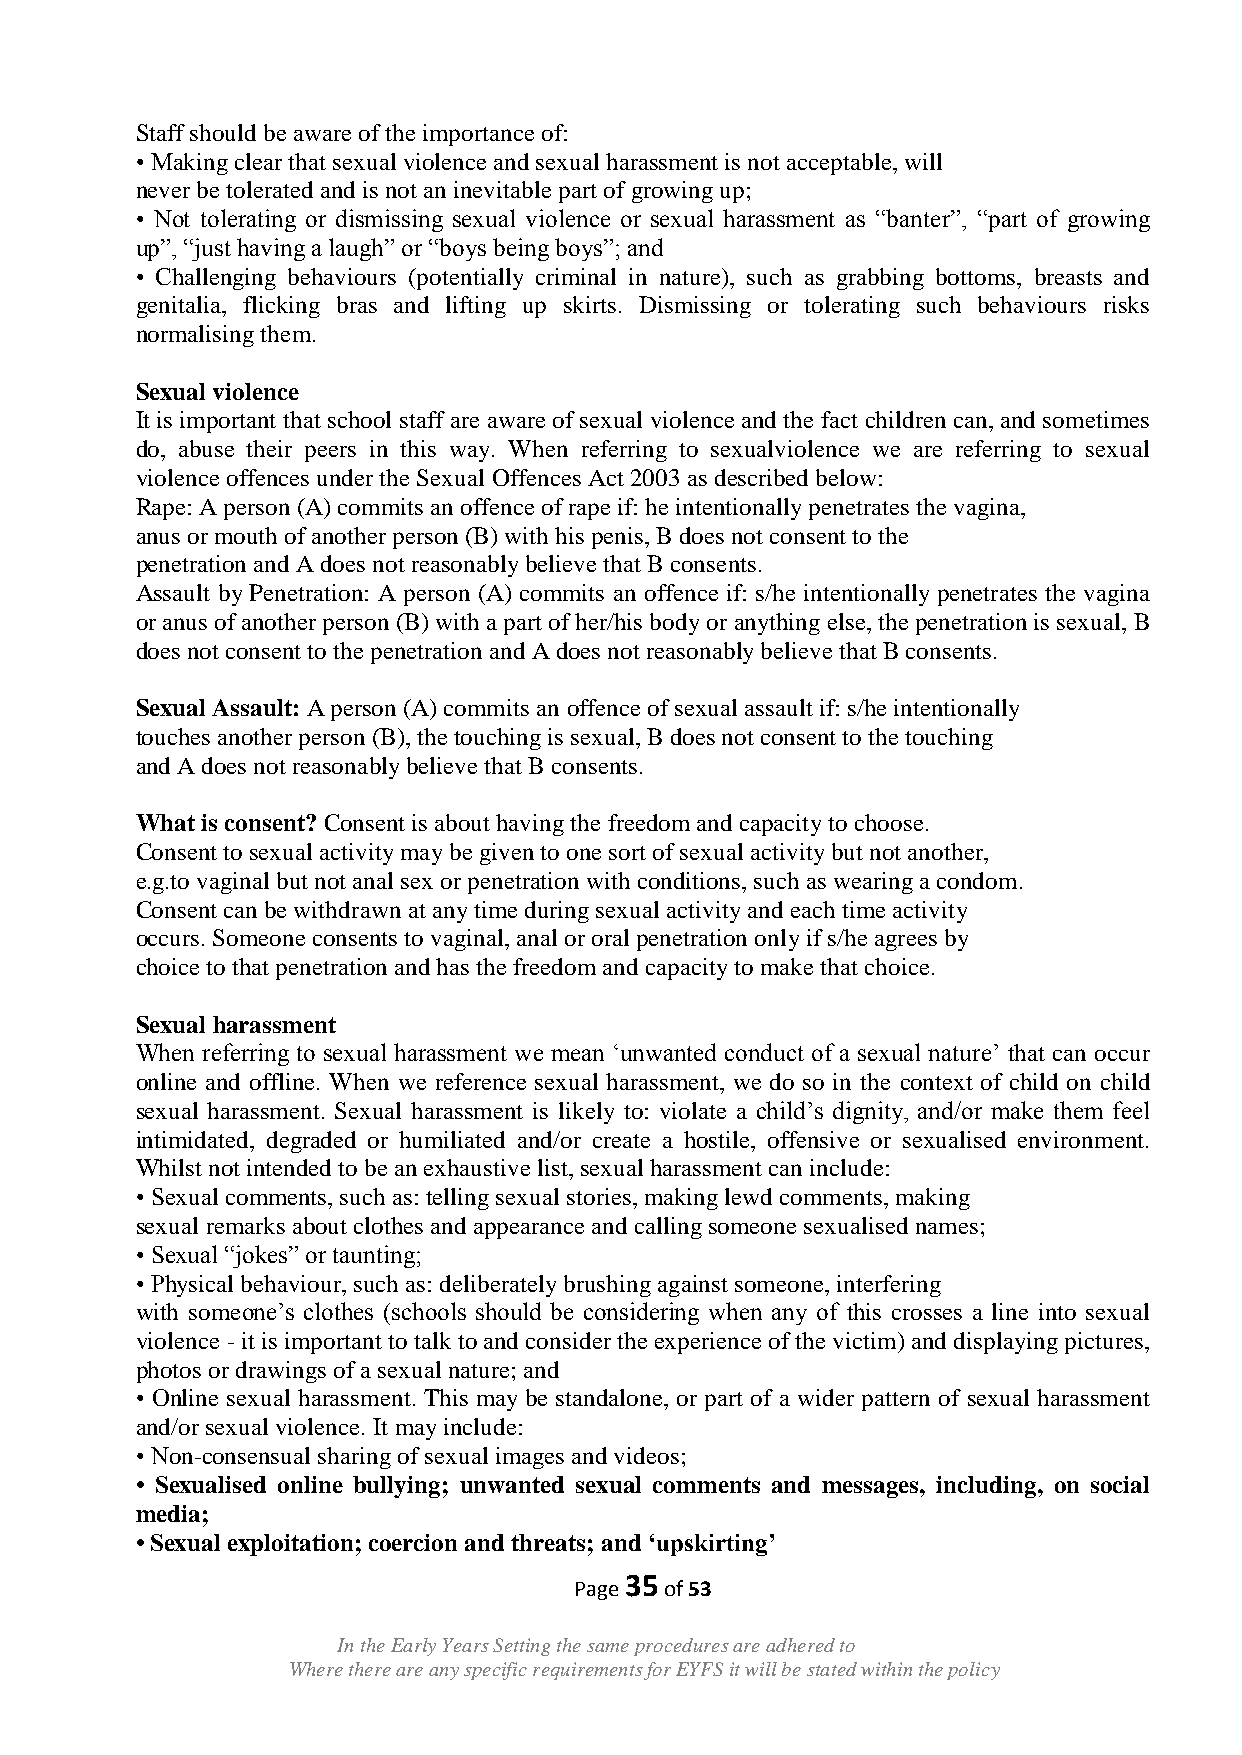
Staff should be aware of the importance of:
 • Making clear that sexual violence and sexual harassment is not acceptable, will
 never be tolerated and is not an inevitable part of growing up;
 • Not tolerating or dismissing sexual violence or sexual harassment as “banter”, “part of growing
 up”, “just having a laugh” or “boys being boys”; and
 • Challenging behaviours (potentially criminal in nature), such as grabbing bottoms, breasts and
 genitalia, flicking bras and lifting up skirts. Dismissing or tolerating such behaviours risks
 normalising them.
 Sexual violence
 It is important that school staff are aware of sexual violence and the fact children can, and sometimes
 do, abuse their peers in this way. When referring to sexualviolence we are referring to sexual
 violence offences under the Sexual Offences Act 2003 as described below:
 Rape: A person (A) commits an offence of rape if: he intentionally penetrates the vagina,
 anus or mouth of another person (B) with his penis, B does not consent to the
 penetration and A does not reasonably believe that B consents.
 Assault by Penetration: A person (A) commits an offence if: s/he intentionally penetrates the vagina
 or anus of another person (B) with a part of her/his body or anything else, the penetration is sexual, B
 does not consent to the penetration and A does not reasonably believe that B consents.
 Sexual Assault: A person (A) commits an offence of sexual assault if: s/he intentionally
 touches another person (B), the touching is sexual, B does not consent to the touching
 and A does not reasonably believe that B consents.
 What is consent? Consent is about having the freedom and capacity to choose.
 Consent to sexual activity may be given to one sort of sexual activity but not another,
 e.g.to vaginal but not anal sex or penetration with conditions, such as wearing a condom.
 Consent can be withdrawn at any time during sexual activity and each time activity
 occurs. Someone consents to vaginal, anal or oral penetration only if s/he agrees by
 choice to that penetration and has the freedom and capacity to make that choice.
 Sexual harassment
 When referring to sexual harassment we mean „unwanted conduct of a sexual nature‟ that can occur
 online and offline. When we reference sexual harassment, we do so in the context of child on child
 sexual harassment. Sexual harassment is likely to: violate a child‟s dignity, and/or make them feel
 intimidated, degraded or humiliated and/or create a hostile, offensive or sexualised environment.
 Whilst not intended to be an exhaustive list, sexual harassment can include:
 • Sexual comments, such as: telling sexual stories, making lewd comments, making
 sexual remarks about clothes and appearance and calling someone sexualised names;
 • Sexual “jokes” or taunting;
 • Physical behaviour, such as: deliberately brushing against someone, interfering
 with someone‟s clothes (schools should be considering when any of this crosses a line into sexual
 violence - it is important to talk to and consider the experience of the victim) and displaying pictures,
 photos or drawings of a sexual nature; and
 • Online sexual harassment. This may be standalone, or part of a wider pattern of sexual harassment
 and/or sexual violence. It may include:
 • Non-consensual sharing of sexual images and videos;
 • Sexualised online bullying; unwanted sexual comments and messages, including, on social
 media;
 • Sexual exploitation; coercion and threats; and „upskirting‟
 35
 Page  of 53
 In the Early Years Setting the same procedures are adhered to
 Where there are any specific requirements for EYFS it will be stated within the policy